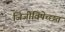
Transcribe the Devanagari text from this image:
जिजीविषेच्छतं